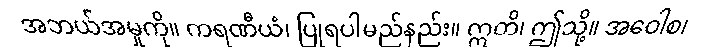
အဘယ်အမှုကို။ ကရဏီယံ၊ ပြုရပါမည်နည်း။ ဣတိ၊ ဤသို့။ အဝေါစ၊